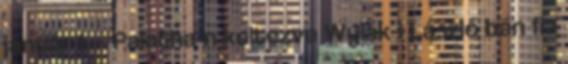
január 1. – Palatha-n keltezve Wylak-i László bán fia